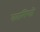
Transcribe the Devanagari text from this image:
कामिणी